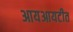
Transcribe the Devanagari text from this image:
आयआयटीत